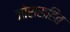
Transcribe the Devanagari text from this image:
जोरासहित